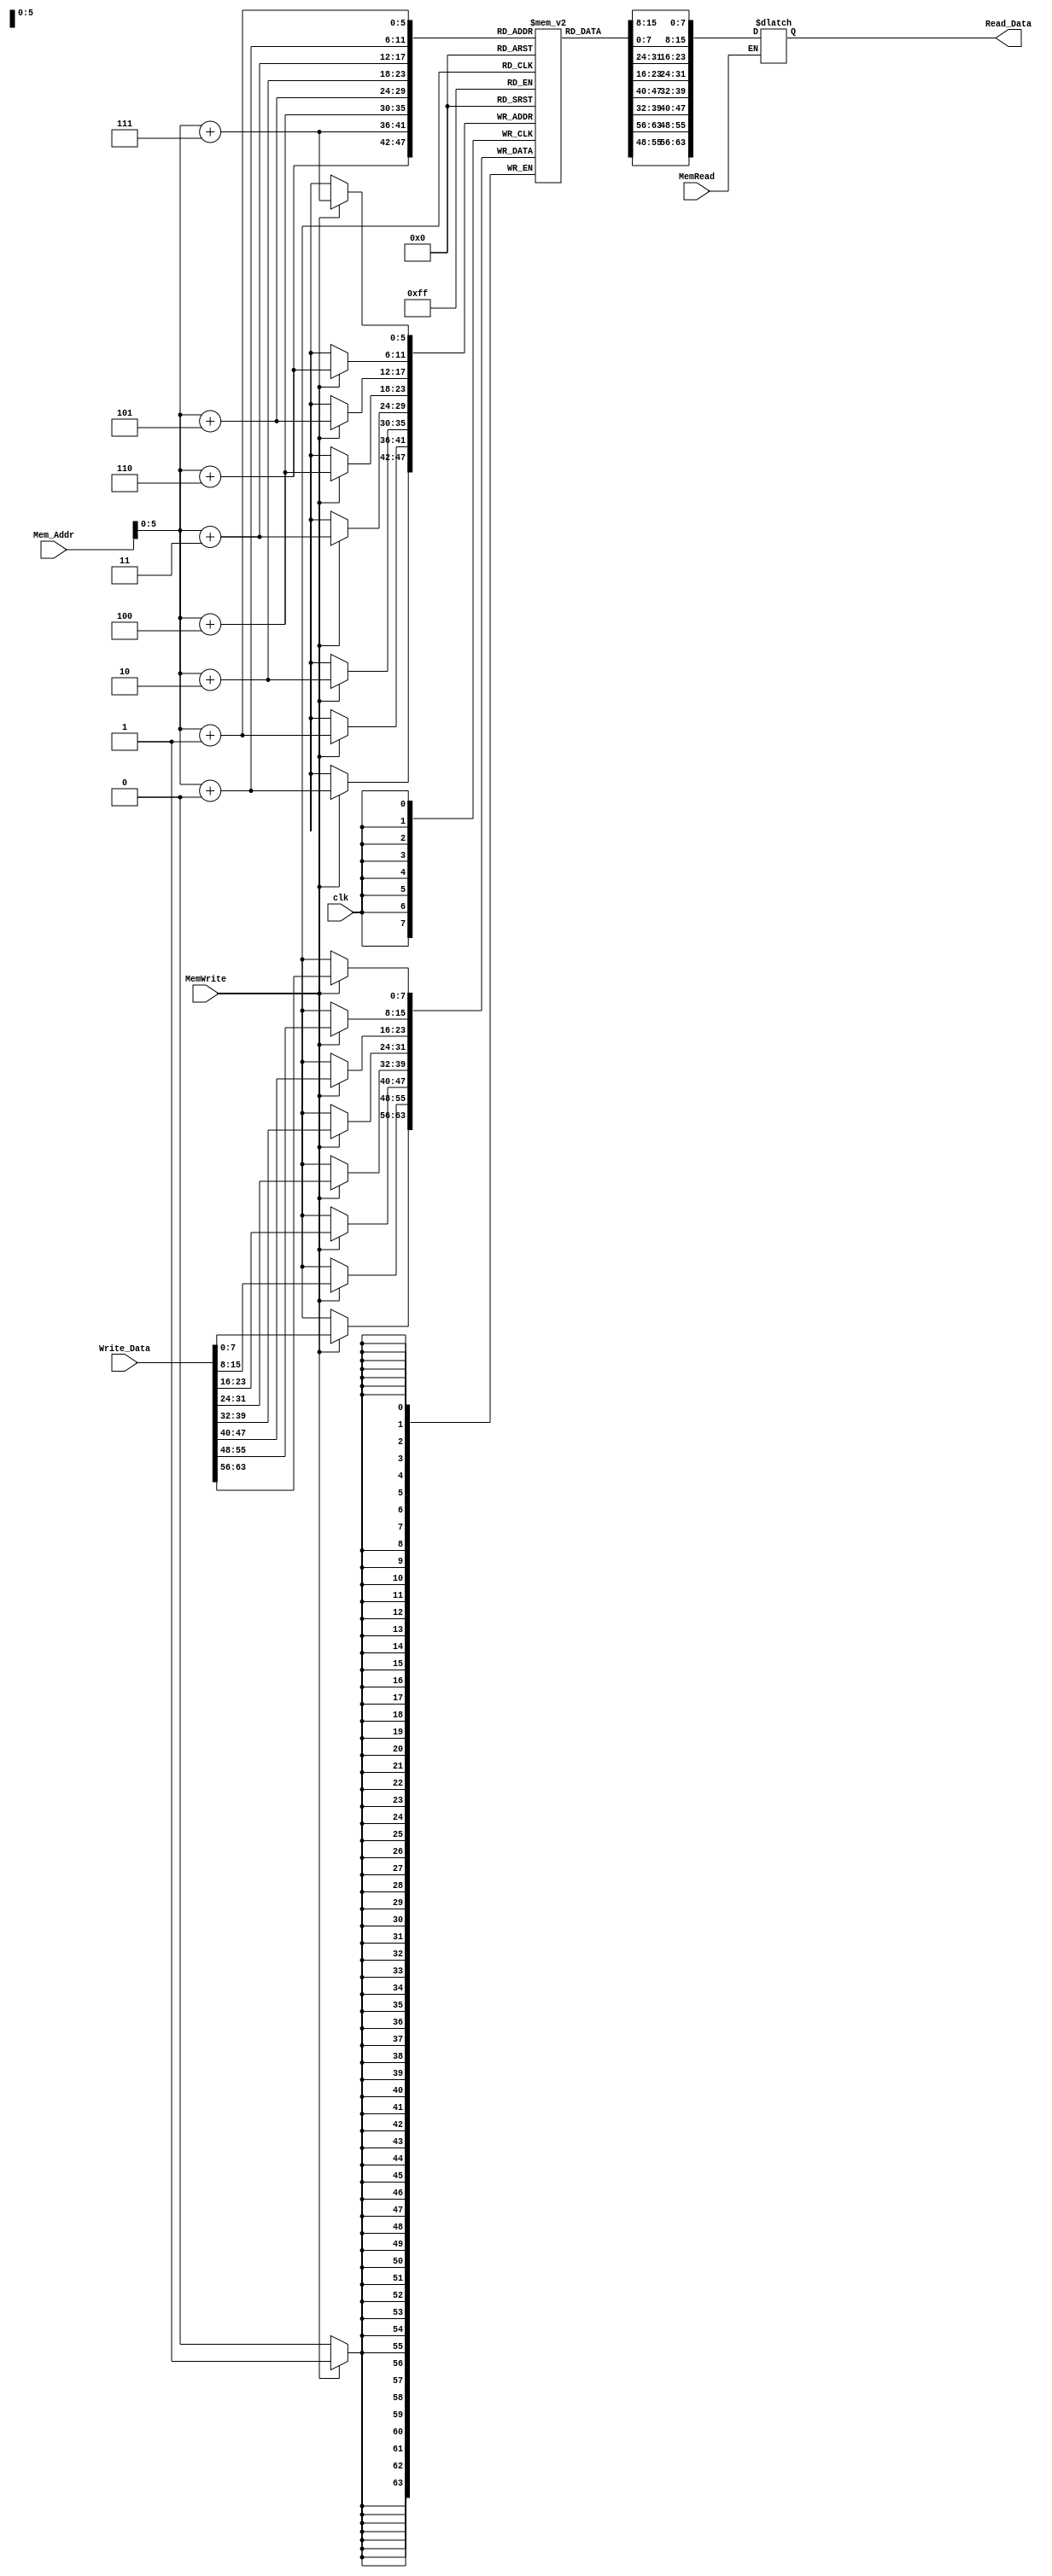
module Data_Memory
(
  input clk,
  input [63:0] Mem_Addr,
  input [63:0] Write_Data,
  input MemWrite,
  input MemRead,
  output reg [63:0] Read_Data  
);
 
  reg [7:0] Data_Memory [63:0];
  integer i;
  initial
    begin
      for (i=0; i<64; i=i+1)
        begin
          Data_Memory [i] = 8'd0;
        end
    end
always @(*)
    begin
      if(MemRead == 1)
        begin Read_Data = {
          Data_Memory[Mem_Addr+7], Data_Memory[Mem_Addr+6],
          Data_Memory[Mem_Addr+5], Data_Memory[Mem_Addr+4],
          Data_Memory[Mem_Addr+3], Data_Memory[Mem_Addr+2],
          Data_Memory[Mem_Addr+1], Data_Memory[Mem_Addr+0] 
        };
        end
    end
always @(posedge clk)
    begin
      if (MemWrite == 1)
        begin
          Data_Memory[Mem_Addr+7] = Write_Data[63:56];
          Data_Memory[Mem_Addr+6] = Write_Data[55:48];
          Data_Memory[Mem_Addr+5] = Write_Data[47:40];
          Data_Memory[Mem_Addr+4] = Write_Data[39:32];
          Data_Memory[Mem_Addr+3] = Write_Data[31:24];
          Data_Memory[Mem_Addr+2] = Write_Data[23:16];
          Data_Memory[Mem_Addr+1] = Write_Data[15:8];
          Data_Memory[Mem_Addr+0] = Write_Data[7:0];
        end
    end
endmodule